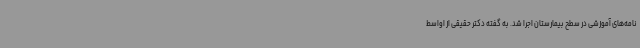
نامه‌های آموزشی در سطح بیمارستان اجرا شد. به گفته دکتر حقیقی از اواسط